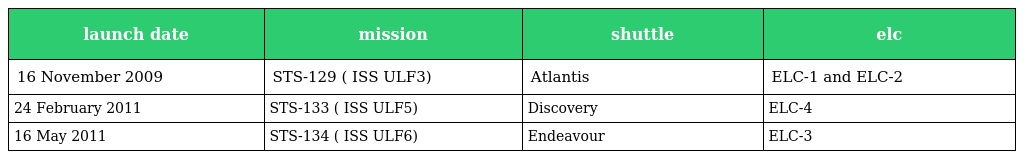
| launch date | mission | shuttle | elc |
 | --- | --- | --- | --- |
 | 16 November 2009 | STS-129 ( ISS ULF3) | Atlantis | ELC-1 and ELC-2 |
 | 24 February 2011 | STS-133 ( ISS ULF5) | Discovery | ELC-4 |
 | 16 May 2011 | STS-134 ( ISS ULF6) | Endeavour | ELC-3 |